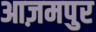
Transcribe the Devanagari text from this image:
आज़मपुर